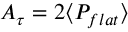
A _ { \tau } = 2 \langle P _ { f l a t } \rangle